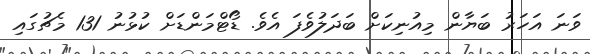
ވަނަ އަހަރު ބަޔާން މިއުނިކަށް ބަދަލުވެފަ އެވެ. ޑޯޓްމަންޑަށް ކުޅުނު 131 މެޗުގައި